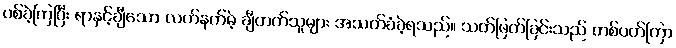
ပစ်ခဲ့ကြပြီး ရာနှင့်ချီသော လက်နက်မဲ့ ချီတက်သူများ အသတ်ခံခဲ့ရသည်။ သတ်ဖြတ်ခြင်းသည် တစ်ပတ်ကြာ